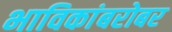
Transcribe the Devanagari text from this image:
भाविकांबरोबर